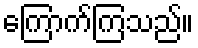
ကြောက်ကြသည်။